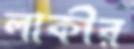
লাকীর